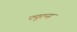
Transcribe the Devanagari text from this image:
फ्यूरन्स